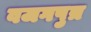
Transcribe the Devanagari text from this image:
वजगपुत्र